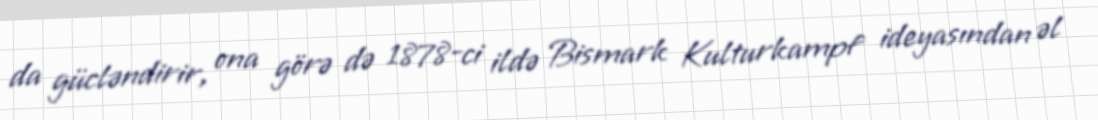
da gücləndirir, ona görə də 1878-ci ildə Bismark Kulturkampf ideyasından əl